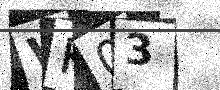
Text: WK03